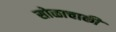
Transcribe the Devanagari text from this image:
सोळाचाकी